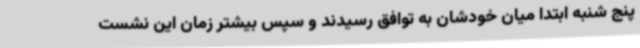
پنج شنبه ابتدا میان خودشان به توافق رسیدند و سپس بیشتر زمان این نشست